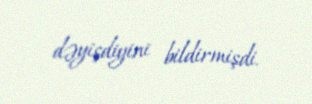
dəyişdiyini bildirmişdi.